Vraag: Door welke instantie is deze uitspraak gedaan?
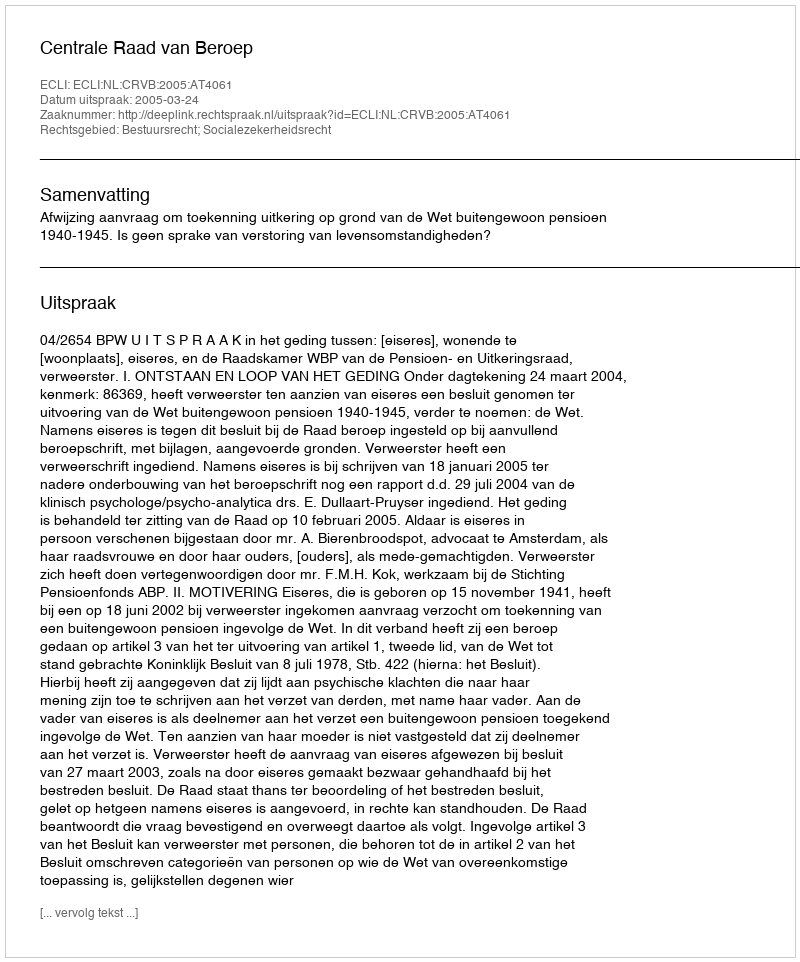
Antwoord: Centrale Raad van Beroep